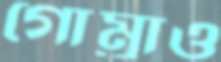
গোম্‌রাও